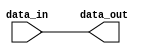
module register(
    input wire data_in,
    output reg data_out
);

always @ (data_in)
    data_out = data_in;

endmodule